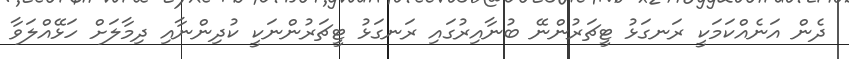
ދެން އަނެއްކަމަކީ ރަނގަޅު ޓީޗަރުންނޭ ބުނާއިރުގައި ރަނގަޅު ޓީޗަރުންނަކީ ކުދިންނާއި ދިމާލަށް ހަޅޭއްލަވާ